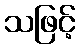
သဖြင့်